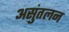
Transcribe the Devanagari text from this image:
असुंतलन